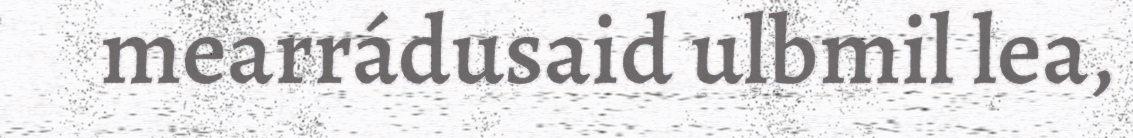
mearrádusaid ulbmil lea,